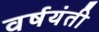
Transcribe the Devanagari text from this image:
वर्षयंती